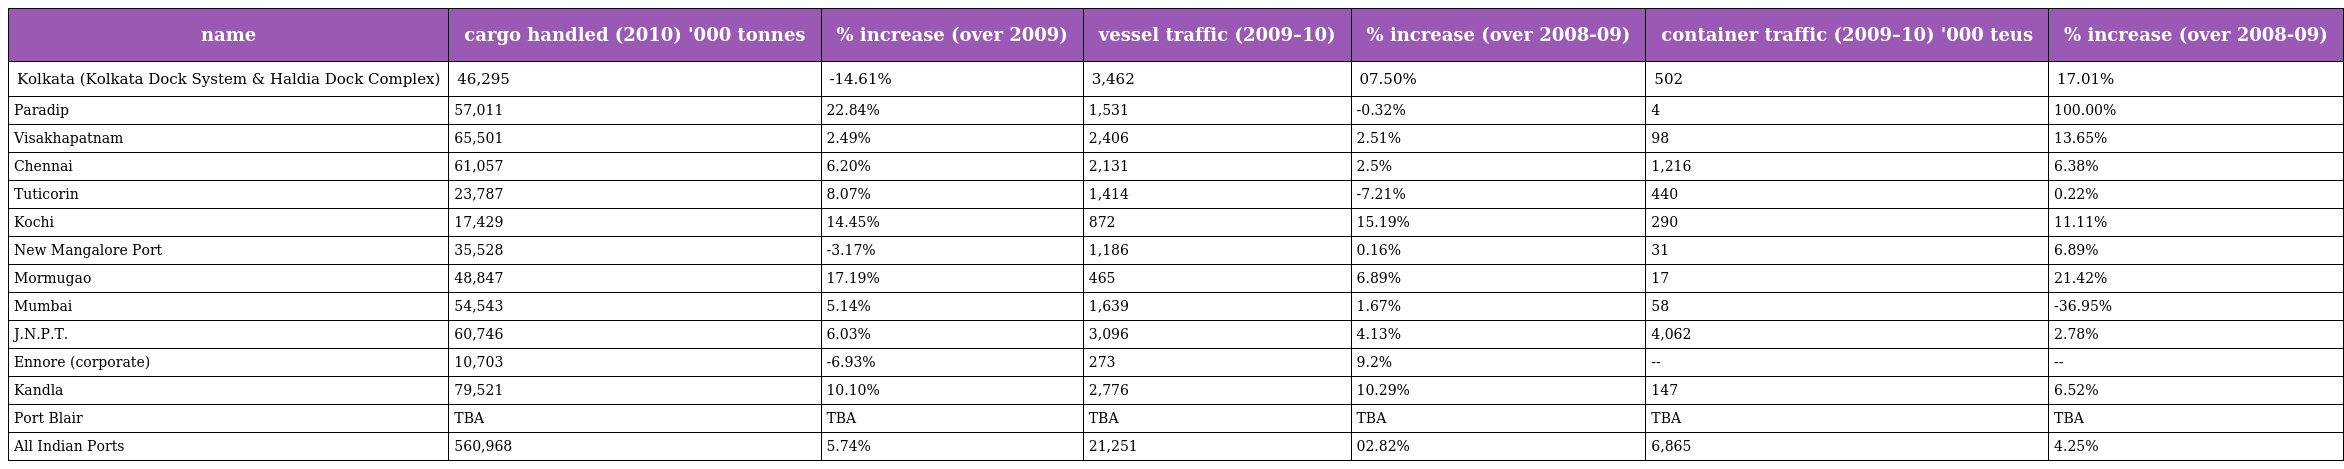
| name | cargo handled (2010) '000 tonnes | % increase (over 2009) | vessel traffic (2009–10) | % increase (over 2008-09) | container traffic (2009–10) '000 teus | % increase (over 2008-09) |
 | --- | --- | --- | --- | --- | --- | --- |
 | Kolkata (Kolkata Dock System & Haldia Dock Complex) | 46,295 | -14.61% | 3,462 | 07.50% | 502 | 17.01% |
 | Paradip | 57,011 | 22.84% | 1,531 | -0.32% | 4 | 100.00% |
 | Visakhapatnam | 65,501 | 2.49% | 2,406 | 2.51% | 98 | 13.65% |
 | Chennai | 61,057 | 6.20% | 2,131 | 2.5% | 1,216 | 6.38% |
 | Tuticorin | 23,787 | 8.07% | 1,414 | -7.21% | 440 | 0.22% |
 | Kochi | 17,429 | 14.45% | 872 | 15.19% | 290 | 11.11% |
 | New Mangalore Port | 35,528 | -3.17% | 1,186 | 0.16% | 31 | 6.89% |
 | Mormugao | 48,847 | 17.19% | 465 | 6.89% | 17 | 21.42% |
 | Mumbai | 54,543 | 5.14% | 1,639 | 1.67% | 58 | -36.95% |
 | J.N.P.T. | 60,746 | 6.03% | 3,096 | 4.13% | 4,062 | 2.78% |
 | Ennore (corporate) | 10,703 | -6.93% | 273 | 9.2% | -- | -- |
 | Kandla | 79,521 | 10.10% | 2,776 | 10.29% | 147 | 6.52% |
 | Port Blair | TBA | TBA | TBA | TBA | TBA | TBA |
 | All Indian Ports | 560,968 | 5.74% | 21,251 | 02.82% | 6,865 | 4.25% |